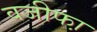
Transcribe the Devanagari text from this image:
वजीफा़